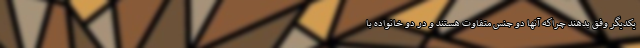
یکدیگر وفق بدهند چراکه آنها دو جنس متفاوت هستند و در دو خانواده با